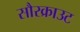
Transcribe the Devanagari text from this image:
सौरक्राउट